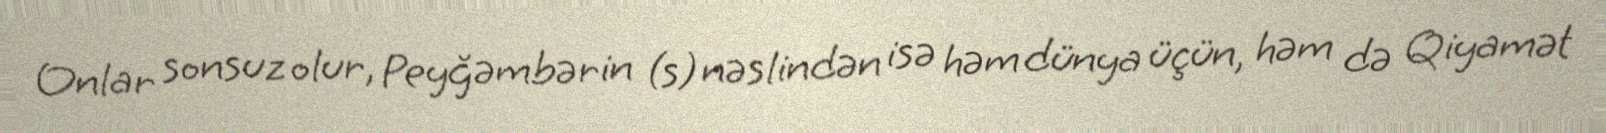
Onlar sonsuz olur, Peyğəmbərin (s) nəslindən isə həm dünya üçün, həm də Qiyamət